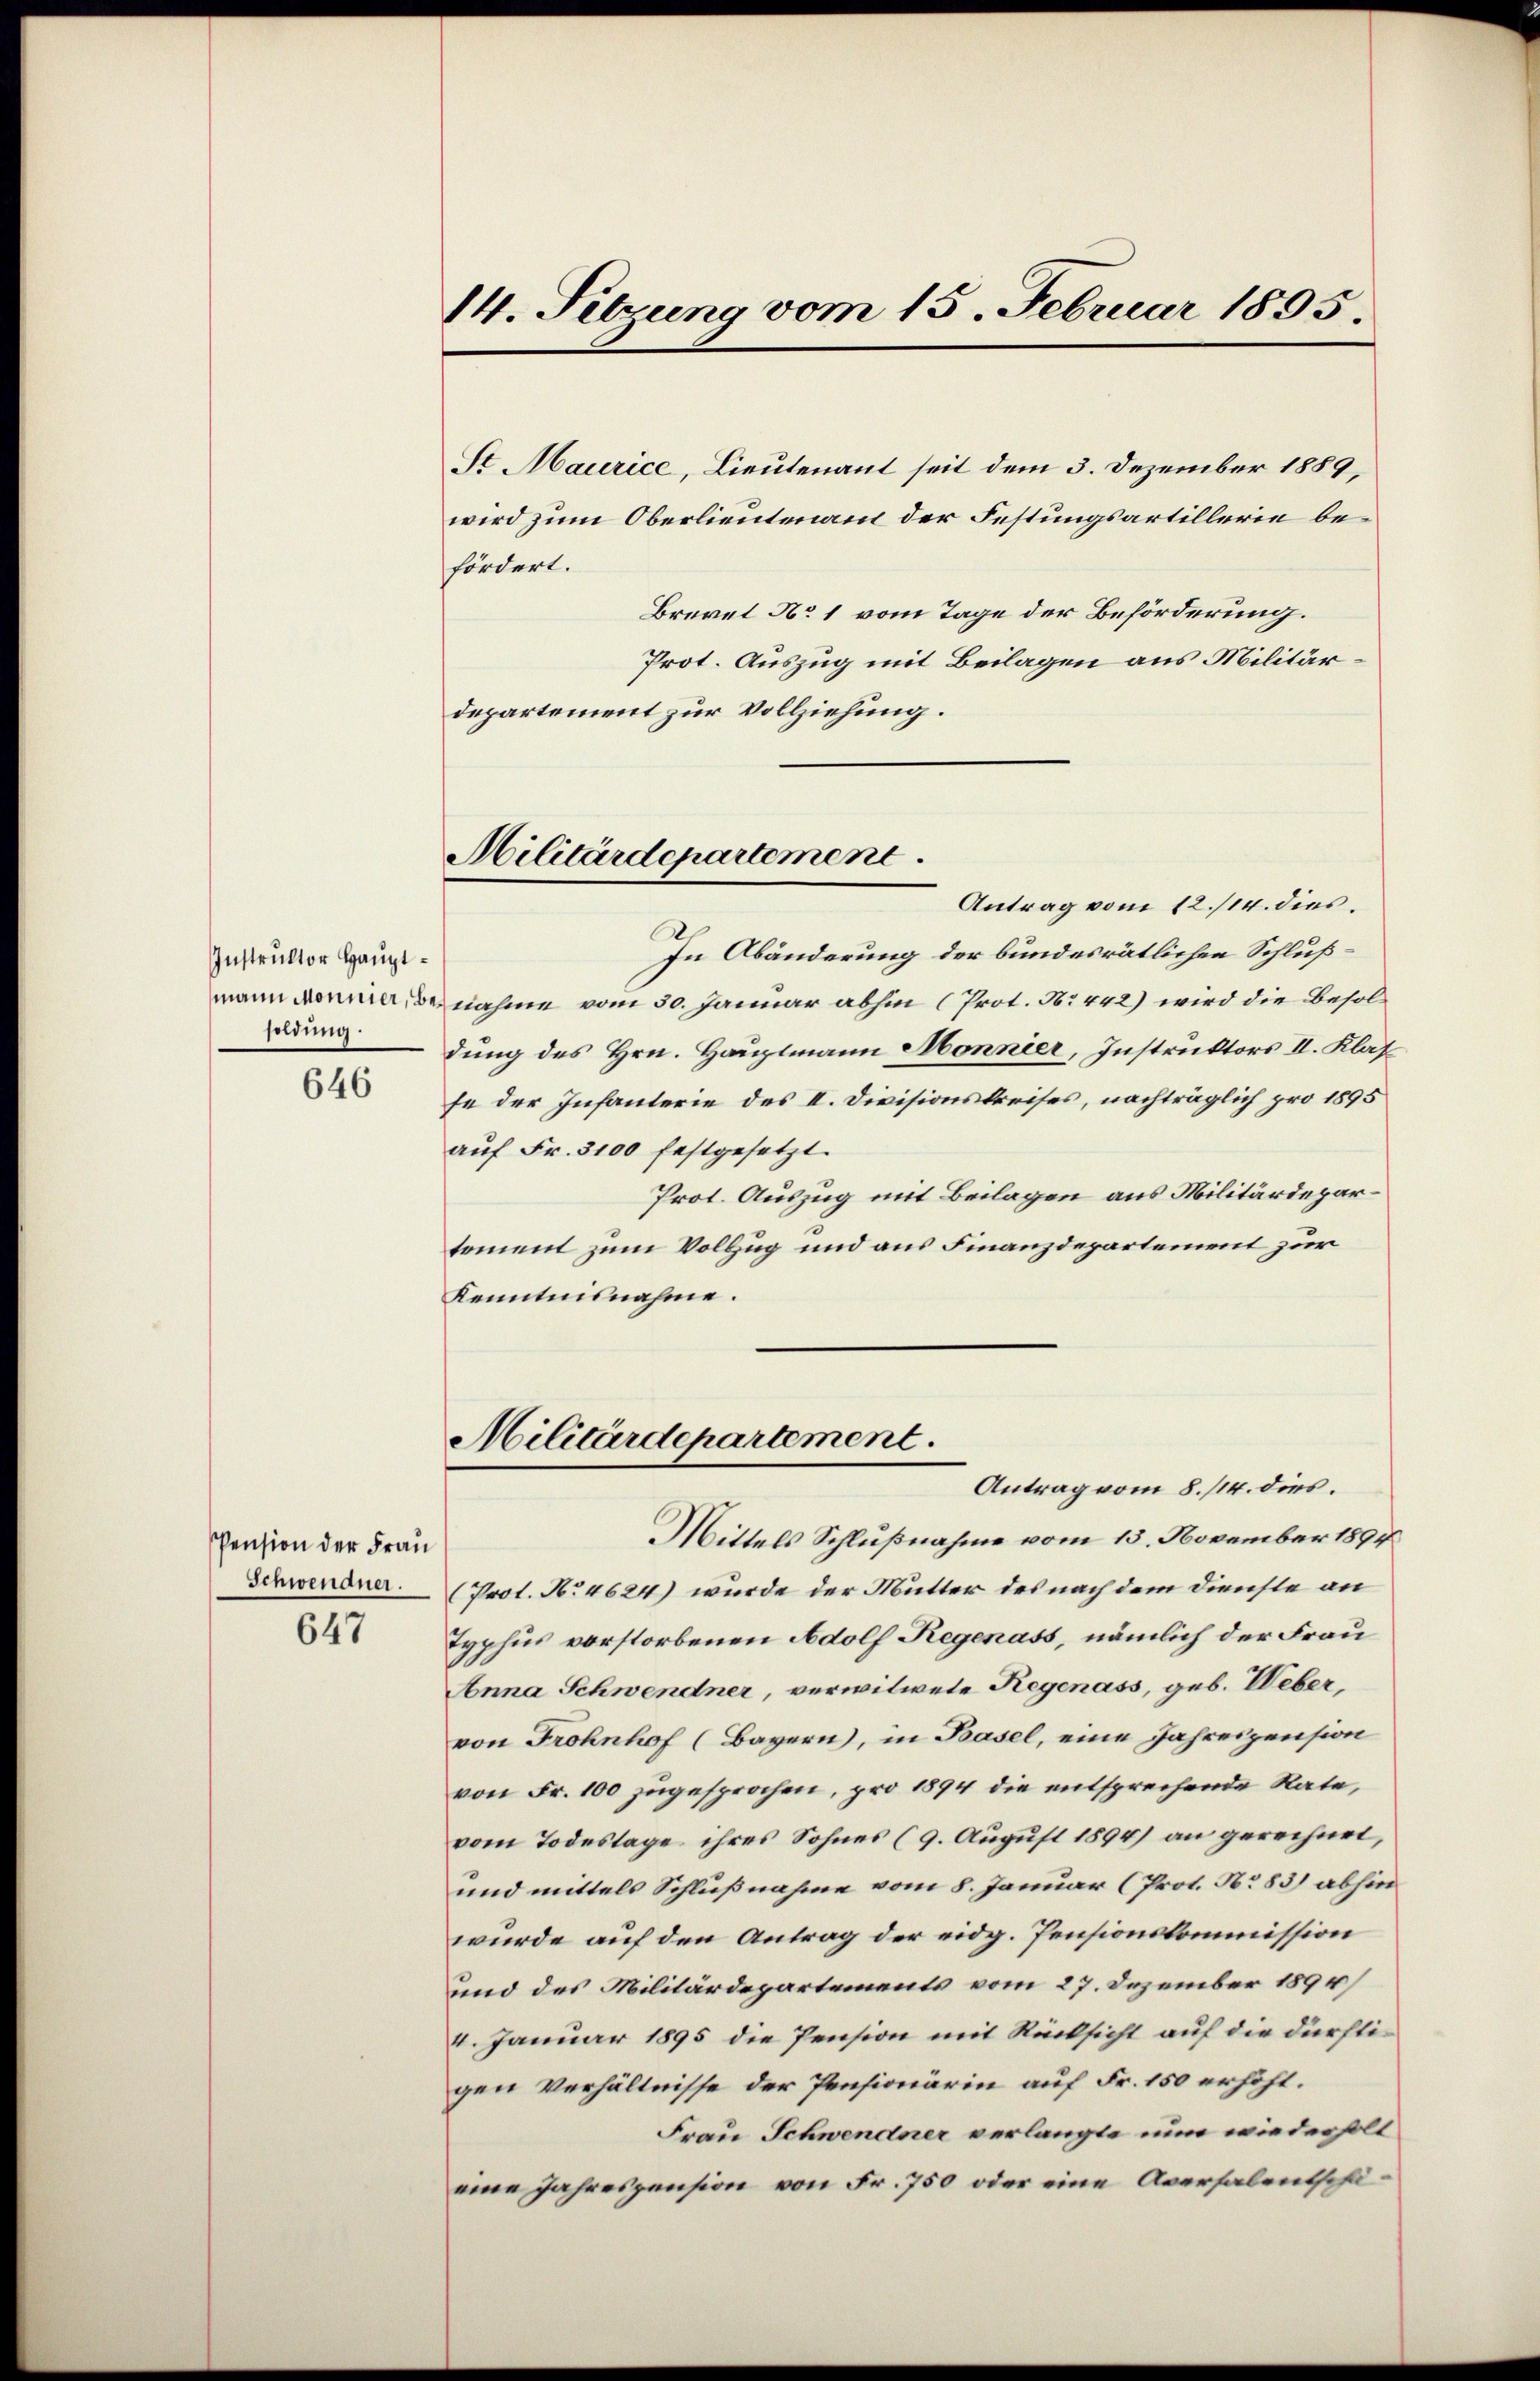
Instruktor Hauptsoldung.

646

Pension der Frau
Schwendner.

647

14. Sitzung vom 15. Februar 1895.

Militärdepartement

St Maurice, Lieutenant seit dem 3. Dezember 1889,
wird zum Oberlieutenamt der Festungsartillerie befördert.
Brevet No 1 vom Tage der Beförderung.
Prot. Auszug mit Beilagen aus Militärdepartement zur Vollziehung.
Antrag vom 12./14. dies
In Abänderung der bundesrätlichen Schlußmann donia benahme vom 30. Januar abhin (Prot. No 442) wird die Besoldung des Hrn. Hauptmann Monnier, Instruktors II. Klasse der Infanterie des II. Divisionskreises, nachträglich pro 1895
auf Fr. 3100 festgesetzt.
Prot. Auszug mit Beilagen aus Militärdepartoment zum Vollzug und aus Finanzdepartement zur
Kenntnisnahme.
Militärdepartement.
Antrag vom 8./14. dies.
Mittels Schlußnahme vom 13. November 1894
(Prot. No 4624) wurde der Mutter des nach dem Dienste an
Typhus vorstorbenen Adolf Regenass, nämlich der Frau
Anna Schwendner, verwitwete Regenass, geb. Weber,
von Frohnhof (Bayern, in Basel, eine Jahreszension
von Fr. 100 zugesprochen, pro 1894 die entsprechende Rate,
vom Todestage ihres Sohnes (9. August 1894) an gerechnet,
und mittels Schlußnahme vom 8. Januar (Prot. No 83) abhin
wurde auf den Antrag der eidg. Pensionskommission
und des Militärdepartements vom 27. Dezember 1894/
4. Januar 1895 die Pension mit Rücksicht auf die dürftigen Verhältnisse der Pensionärin auf Fr. 150 erhöht.
Frau Schwendner verlangte nun wiederholt
eine Jahrespension von Fr. 750 oder eine Aversalentschä¬